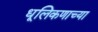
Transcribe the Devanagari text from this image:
धूलिकणाच्या